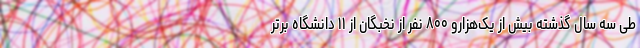
طی سه سال گذشته بیش از یک‌هزارو ۸۰۰ نفر از نخبگان از ۱۱ دانشگاه برتر